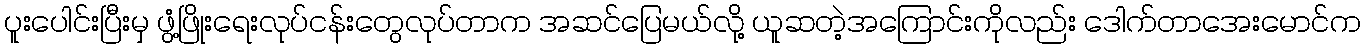
ပူးပေါင်းပြီးမှ ဖွံ့ဖြိုးရေးလုပ်ငန်းတွေလုပ်တာက အဆင်ပြေမယ်လို့ ယူဆတဲ့အကြောင်းကိုလည်း ဒေါက်တာအေးမောင်က